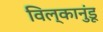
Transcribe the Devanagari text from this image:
विल्कानुंडू